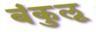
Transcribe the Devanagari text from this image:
बंकुलू